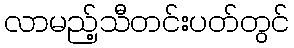
လာမည့်သီတင်းပတ်တွင်